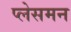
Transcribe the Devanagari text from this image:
प्लेसमन